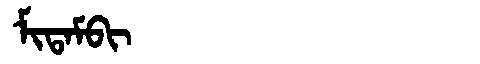
Manchu: ᠮᡳᡨᠠᠮᠪᡳ
Romanization: MITAMBI